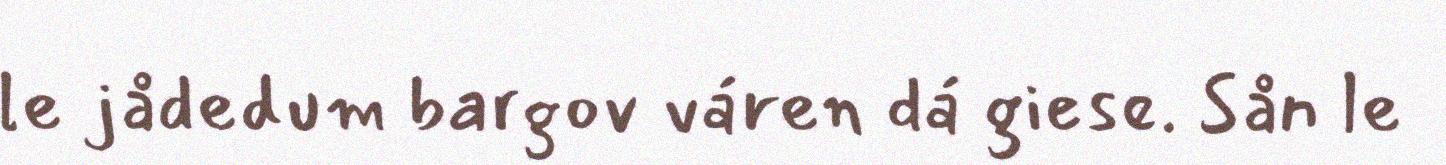
le jådedum bargov váren dá giese. Sån le